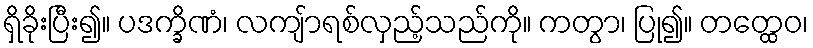
ရှိခိုးပြီး၍။ ပဒက္ခိဏံ၊ လကျ်ာရစ်လှည့်သည်ကို။ ကတွာ၊ ပြု၍။ တတ္ထေဝ၊